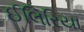
ઈલિરિયા